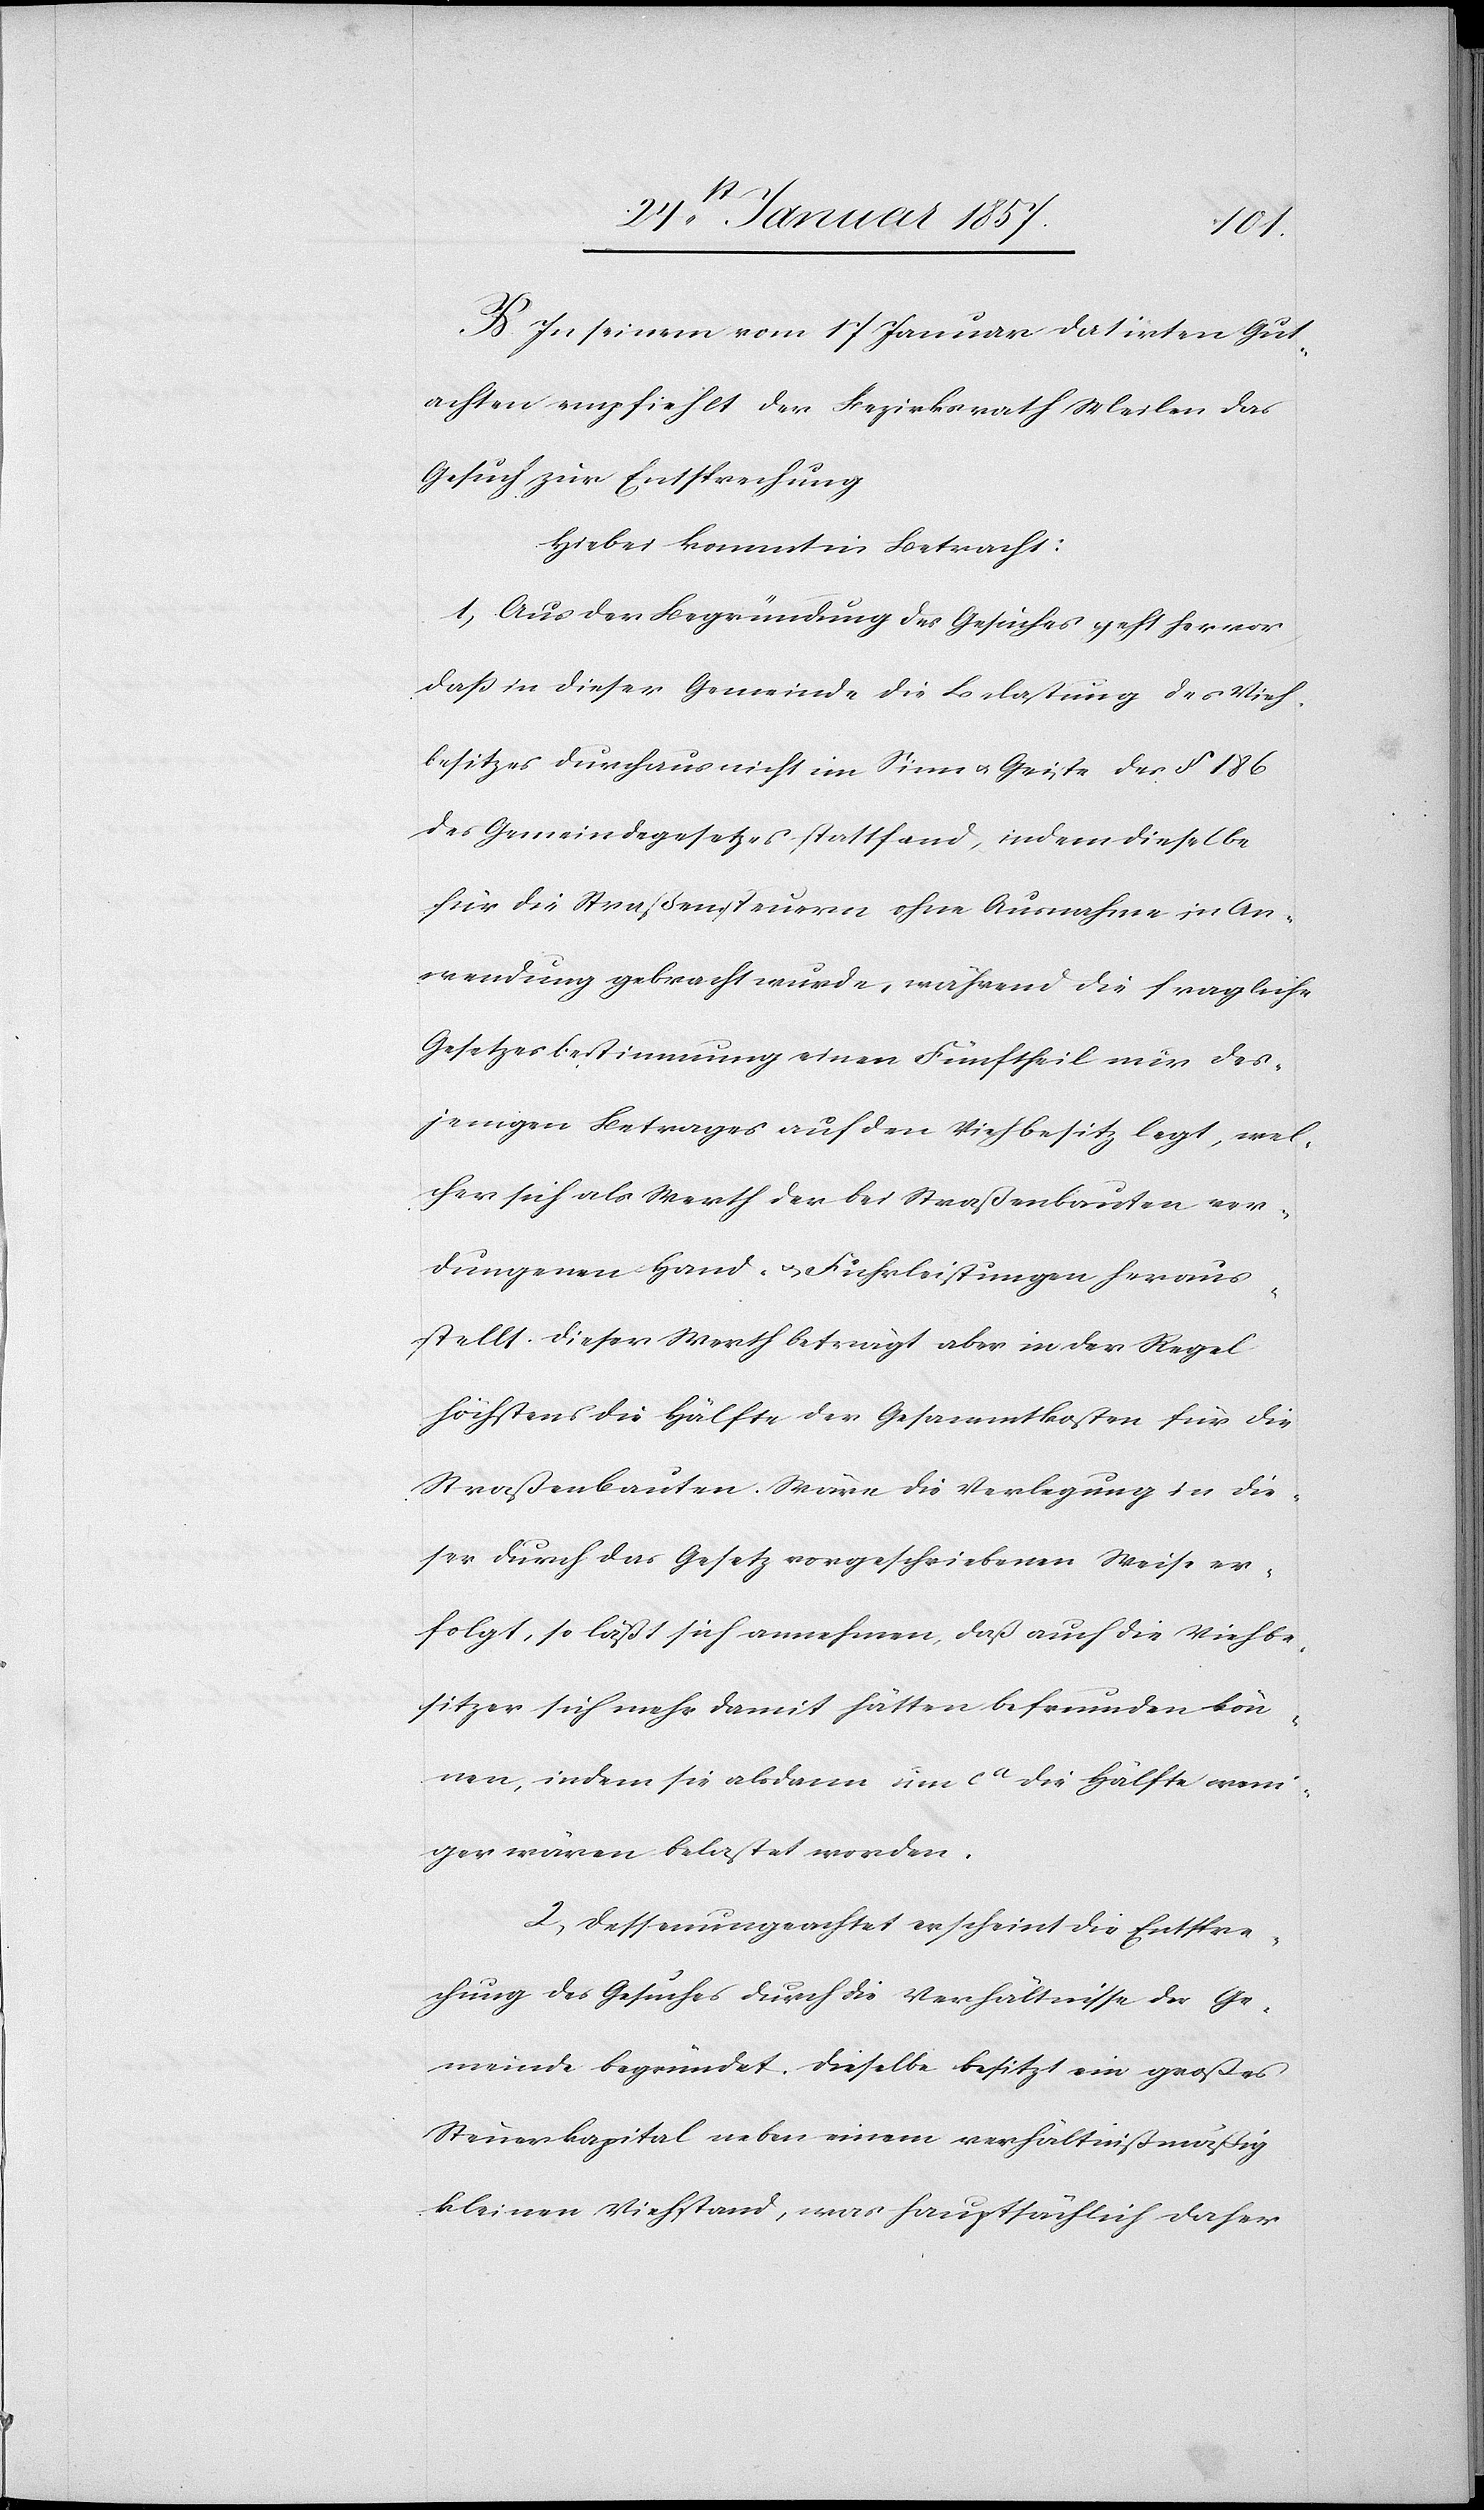
weni¬
B. In seinem von 17 Januar datirten Gut¬
achten empfiehlt der Bezirksrath Meilen das
Gesuch zur Entsprechung
Hiebei kommt in Betracht:
1, Aus der Begründung des Gesuches geht hervor,
daß in dieser Gemeinde die Belastung des Vieh¬
besitzes durchaus nicht im Sinn & Geiste des § 186
des Gemeindegesetzes stattfand, indem dieselbe
für die Straßensteuern ohne Ausnahme in An¬
wendung gebracht wurde, während die fragliche
Gesetzesbestimmung einen Fünftheil nur des¬
jenigen Betrages auf den Viehbesitz legt, wel¬
cher sich als Werth der bei Straßenbauten ver¬
dungenen Hand- & Fuhrleistungen heraus¬
stellt. Dieser Werth beträgt aber in der Regel
höchstens die Hälfte der Gesammtkosten für die
Straßenbauten. Wäre die Verlegung in die¬
ser durch das Gesetz vorgeschriebenen Weise er¬
folgt, so läßt sich annehmen, daß auch die Viehbe¬
sitzer sich mehr hätten befreunden können, in¬
ger wären belastet worden.
2, Dessenungeachtet erscheint die Entspre¬
chung des Gesuches durch die Verhältnisse der Ge¬
meinde begründet. Dieselbe besitzt ein großes
Steuerkapital neben einem verhältnißmäßig
kleinen Viehstand, was hauptsächlich daher